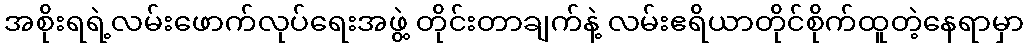
အစိုးရရဲ့လမ်းဖောက်လုပ်ရေးအဖွဲ့ တိုင်းတာချက်နဲ့ လမ်းဧရိယာတိုင်စိုက်ထူတဲ့နေရာမှာ